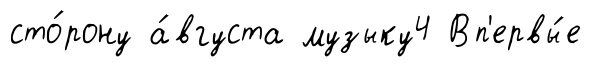
сто́рону а́вгуста музыку4 Вп'ервы́е